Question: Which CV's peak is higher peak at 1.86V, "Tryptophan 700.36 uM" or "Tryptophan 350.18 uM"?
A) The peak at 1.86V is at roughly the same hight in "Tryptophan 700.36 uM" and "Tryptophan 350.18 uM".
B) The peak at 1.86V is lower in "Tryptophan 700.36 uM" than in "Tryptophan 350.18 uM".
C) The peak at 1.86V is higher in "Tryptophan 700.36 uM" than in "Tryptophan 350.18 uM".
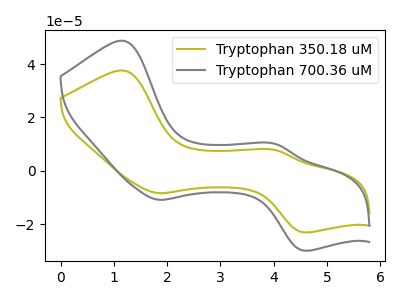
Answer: <think>The olive curve "Tryptophan 350.18 uM" has anodic peaks at (1.20V, 37.60uA) (4.05V, 7.75uA) and cathodic peaks at (1.85V, -8.35uA) (4.55V, -23.05uA). The gray curve "Tryptophan 700.36 uM" has anodic peaks at (1.20V, 48.70uA) (4.05V, 10.05uA) and cathodic peaks at (1.85V, -10.85uA) (4.55V, -29.90uA).</think>
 <answer>C) The peak at 1.86V is higher in "Tryptophan 700.36 uM" than in "Tryptophan 350.18 uM".</answer>
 <eval>C</eval>